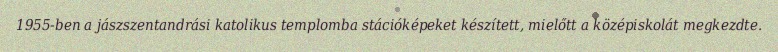
1955-ben a jászszentandrási katolikus templomba stációképeket készített, mielőtt a középiskolát megkezdte.